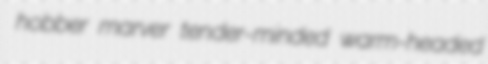
hobber marver tender-minded warm-headed